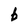
Character: b